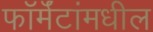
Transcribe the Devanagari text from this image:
फॉर्मॅटांमधील